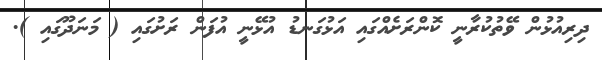
ދިރިއުޅުން ވޭތުކުރާނީ ކޮންރަށެއްގައި އަޅުގަނޑު އުޅޭނީ އުފަން ރަށުގައި ( މަނަދޫގައި ).